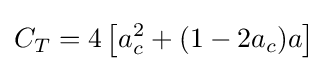
C_{T}=4\left[a_{c}^{2}+(1-2a_{c})a\right]